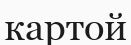
картой